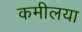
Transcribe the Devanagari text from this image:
कमीलया